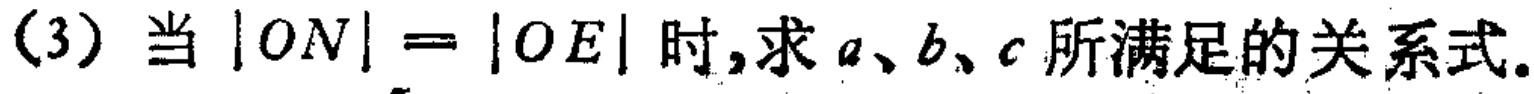
(3) 当 \(|ON| = |OE|\) 时,求 \(a、b、c\) 所满足的关系式.